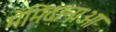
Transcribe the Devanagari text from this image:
मेंमिंदानाओ